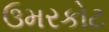
ઉમરકોટ